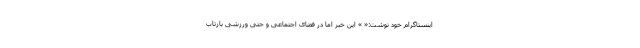
اینستاگرام خود نوشت:« » این خبر اما در فضای اجتماعی و حتی ورزشی بازتاب